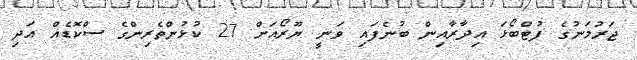
ޖަރުމަނުގެ ފުޓްބޯޅަ އިދާރާއިން ބުނެފައި ވަނީ ޔޫރޯއަށް 27 ކުޅުންތެރިންގެ ސްކޮޑެއް އަދި